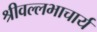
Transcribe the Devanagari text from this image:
श्रीवल्‍लभाचार्य